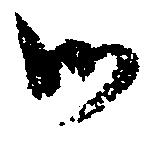
御